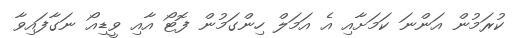
ކުރަމުން އަންނަ ކަމަށާއި އެ އަމަލް ހިންގަމުން ފޮޓޯ އާއި ވީޑިއޯ ނަގާފައިވާ